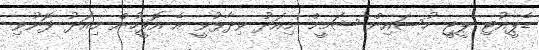
ޑެޕީއުޓި ޕީޖީ ހުސައިން ޝަމީމް މިއަދު ވިދާޅުވީ އެ އޮފީހުން މިއަދު ފޮނުވި